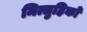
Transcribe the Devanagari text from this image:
मित्सुहिको